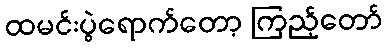
ထမင်းပွဲရောက်တော့ ကြည့်တော်